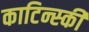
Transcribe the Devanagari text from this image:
काटिन्स्की